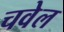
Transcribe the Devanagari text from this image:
चवेल